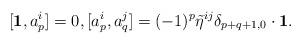
LaTeX: \begin{align*}[\mathbf{1}, a^i_p]=0,[a^i_p, a^j_q]=(-1)^p \tilde{\eta}^{ij}\delta_{p+q+1,0}\cdot\mathbf{1}.\end{align*}